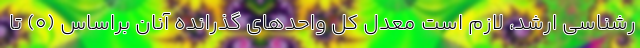
رشناسی ارشد، لازم است معدل کل واحدهای گذرانده آنان براساس ‌(‌۰) تا